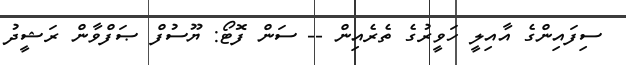
ސިފައިންގެ އާއިލީ ހަވީރުގެ ތެރެއިން -- ސަން ފޮޓޯ: ޔޫސުފް ޞަފްވާން ރަޝީދު